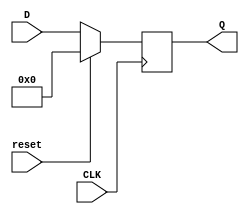
module reg8 (reset, CLK, D, Q);
	input reset;
	input CLK;
	input  [7:0]  D;
	output [7:0]  Q;
	reg[7:0] Q;

always @(posedge CLK)
	if (reset)
		Q = 0;
	else
		Q = D;
endmodule



module test_bench;
    reg reset;
    reg CLK;
    reg [7:0] D;

    wire [7:0] Q;

    reg8 test1 (.reset(reset), .CLK(CLK), .D(D), .Q(Q)); 

    initial begin
    $display("8 bit Register");
    $display("Reset | Clock| D| Q");
    reset = 0; #50
    CLK = 0; #50
    D = 8'b00000000; #50
    $display("%1b | %1b | %8b | %8b", reset, CLK, D, Q);

    end


endmodule